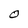
Character: O